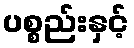
ပစ္စည်းနှင့်